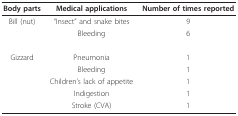
<table><thead><tr><td><b>Body parts</b></td><td><b>Medical applications</b></td><td><b>Number of times reported</b></td></tr></thead><tbody><tr><td>Bill (nut)</td><td>&quot;Insect&quot; and snake bites</td><td>9</td></tr><tr><td></td><td>Bleeding</td><td>6</td></tr><tr><td>Gizzard</td><td>Pneumonia</td><td>1</td></tr><tr><td></td><td>Bleeding</td><td>1</td></tr><tr><td></td><td>Children&#x27;s lack of appetite</td><td>1</td></tr><tr><td></td><td>Indigestion</td><td>1</td></tr><tr><td></td><td>Stroke (CVA)</td><td>1</td></tr></tbody></table>